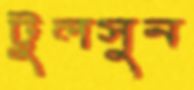
টুলসুন